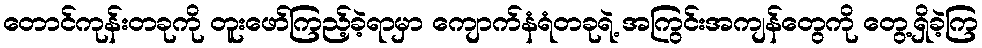
တောင်ကုန်းတခုကို တူးဖော်ကြည့်ခဲ့ရာမှာ ကျောက်နံရံတခုရဲ့ အကြွင်းအကျန်တွေကို တွေ့ရှိခဲ့ကြ